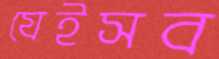
যেইসব